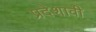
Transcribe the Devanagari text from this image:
प्रदेशावी